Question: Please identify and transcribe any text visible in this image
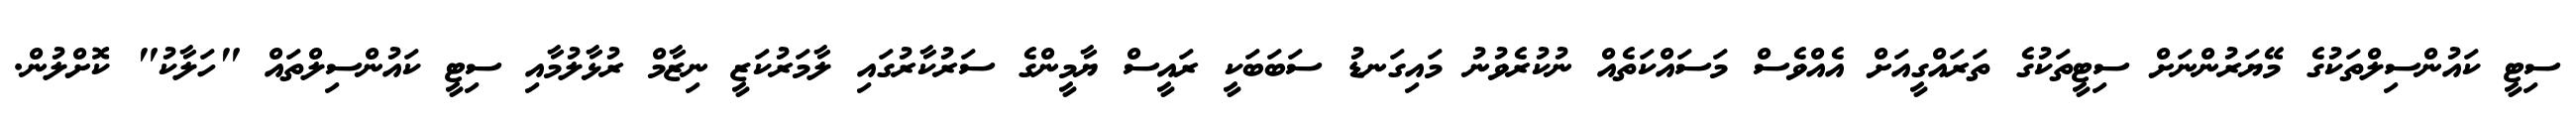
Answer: ސިޓީ ކައުންސިލްތަކުގެ މޭޔަރުންނަށް ސިޓީތަކުގެ ތަރައްގީއަށް އެއްވެސް މަސައްކަތެއް ނުކުރެވުނު މައިގަނޑު ސަބަބަކީ ރައީސް ޔާމީންގެ ސަރުކާރުގައި ލާމަރުކަޒީ ނިޒާމް ރުޅާލުމާއި ސިޓީ ކައުންސިލްތައް "ހަލާކު" ކޮށްލުން.